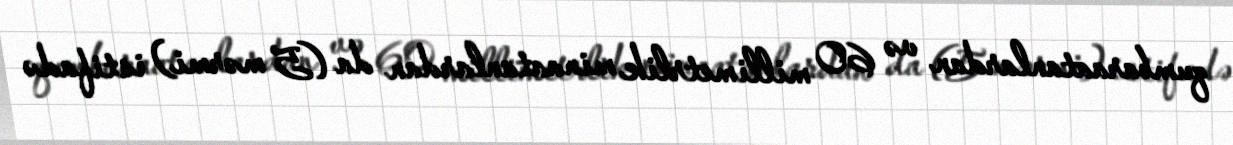
qumbaraatanlardan və 60 millimetrlik minaatanlardan da (5 mərmi) istifadə